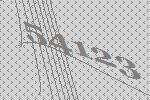
54123